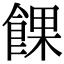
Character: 餜